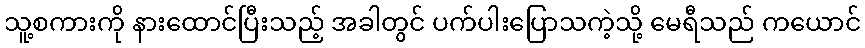
သူ့စကားကို နားထောင်ပြီးသည့် အခါတွင် ပက်ပါးပြောသကဲ့သို့ မေရီသည် ကယောင်